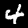
Label: 4